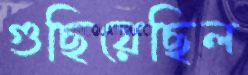
গুছিয়েছিল